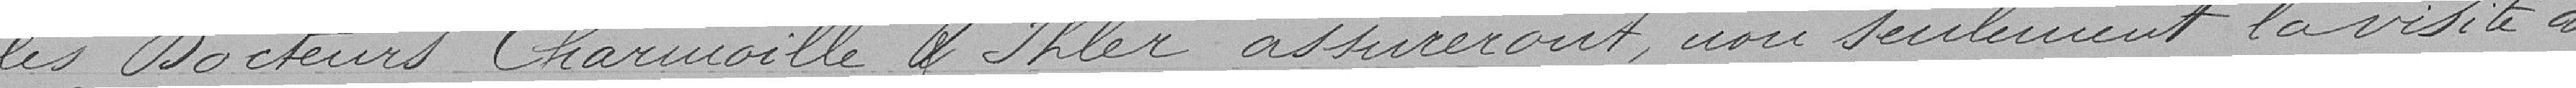
les docteurs Charmoille et Ihler assureront, non seulement la visite des